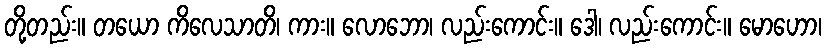
တို့တည်း။ တယော ကိလေသာတိ၊ ကား။ လောဘော၊ လည်းကောင်း။ ဒေါ၊ လည်းကောင်း။ မောဟော၊